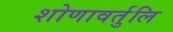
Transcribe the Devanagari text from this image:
शोणावर्तुलि